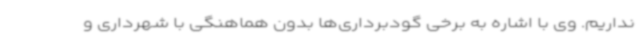
نداریم. وی با اشاره به برخی گودبرداری‌ها بدون هماهنگی با شهرداری و